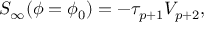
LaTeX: S _ { \infty } ( \phi = \phi _ { 0 } ) = - \tau _ { p + 1 } V _ { p + 2 } ,